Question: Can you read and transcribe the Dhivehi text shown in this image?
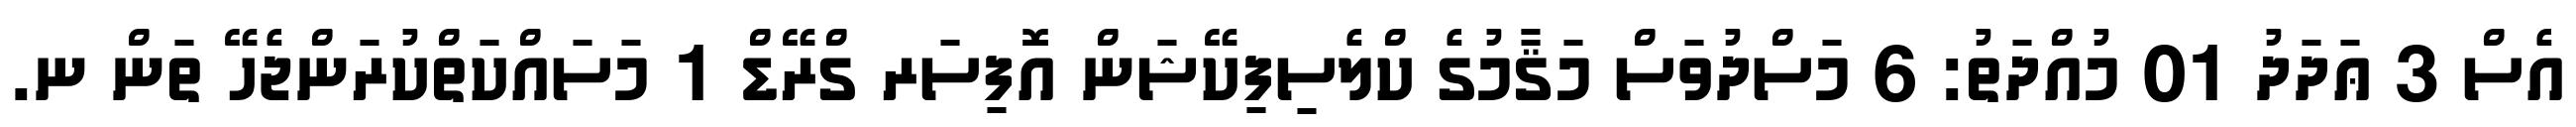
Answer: އެސް 3 ޢަދަދު 01 މުއްދަތު: 6 މަސްދުވަސް މަޤާމުގެ ކްލެސިފިކޭޝަން އޮފިސަރ ގްރޭޑް 1 މަސައްކަތްކުރަންޖެހޭ ތަން ނ.